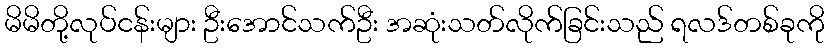
မိမိတို့လုပ်ငန်းများ ဦးအောင်သက်ဦး အဆုံးသတ်လိုက်ခြင်းသည် ရလဒ်တစ်ခုကို